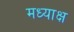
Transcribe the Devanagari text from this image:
मध्याक्ष